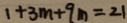
1 + 3 m + 9 m = 2 1